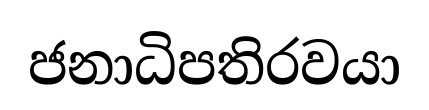
ජනාධිපතිරවයා